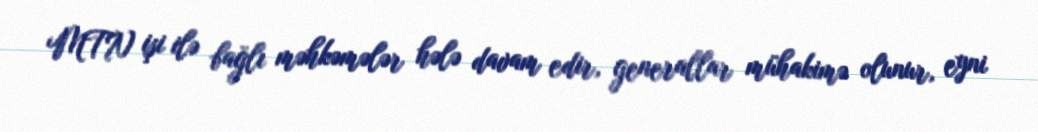
MTN işi ilə bağlı məhkəmələr hələ davam edir, generallar mühakimə olunur, eyni